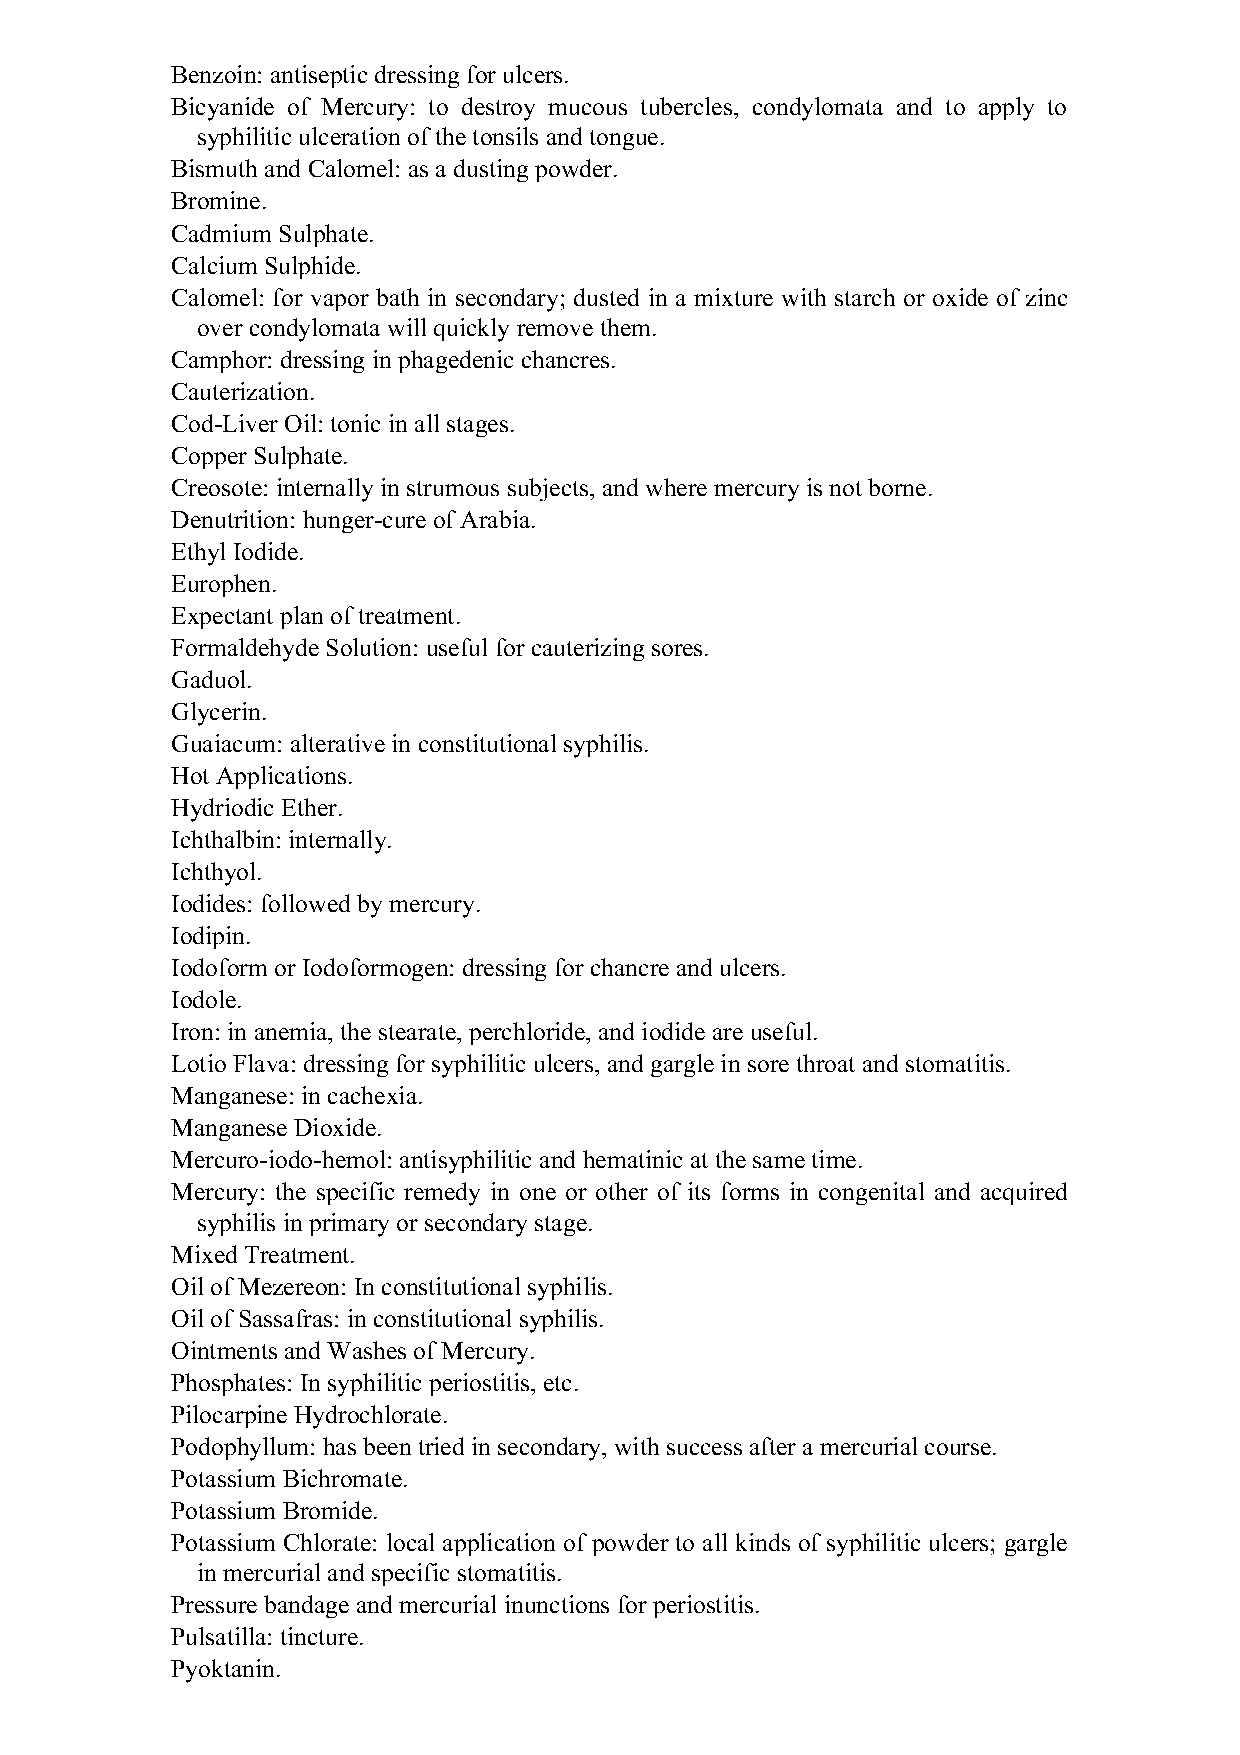
Benzoin: antiseptic dressing for ulcers.
 Bicyanide of Mercury: to destroy mucous tubercles, condylomata and to apply to
 syphilitic ulceration of the tonsils and tongue.
 Bismuth and Calomel: as a dusting powder.
 Bromine.
 Cadmium Sulphate.
 Calcium Sulphide.
 Calomel: for vapor bath in secondary; dusted in a mixture with starch or oxide of zinc
 over condylomata will quickly remove them.
 Camphor: dressing in phagedenic chancres.
 Cauterization.
 Cod-Liver Oil: tonic in all stages.
 Copper Sulphate.
 Creosote: internally in strumous subjects, and where mercury is not borne.
 Denutrition: hunger-cure of Arabia.
 Ethyl Iodide.
 Europhen.
 Expectant plan of treatment.
 Formaldehyde Solution: useful for cauterizing sores.
 Gaduol.
 Glycerin.
 Guaiacum: alterative in constitutional syphilis.
 Hot Applications.
 Hydriodic Ether.
 Ichthalbin: internally.
 Ichthyol.
 Iodides: followed by mercury.
 Iodipin.
 Iodoform or Iodoformogen: dressing for chancre and ulcers.
 Iodole.
 Iron: in anemia, the stearate, perchloride, and iodide are useful.
 Lotio Flava: dressing for syphilitic ulcers, and gargle in sore throat and stomatitis.
 Manganese: in cachexia.
 Manganese Dioxide.
 Mercuro-iodo-hemol: antisyphilitic and hematinic at the same time.
 Mercury: the specific remedy in one or other of its forms in congenital and acquired
 syphilis in primary or secondary stage.
 Mixed Treatment.
 Oil of Mezereon: In constitutional syphilis.
 Oil of Sassafras: in constitutional syphilis.
 Ointments and Washes of Mercury.
 Phosphates: In syphilitic periostitis, etc.
 Pilocarpine Hydrochlorate.
 Podophyllum: has been tried in secondary, with success after a mercurial course.
 Potassium Bichromate.
 Potassium Bromide.
 Potassium Chlorate: local application of powder to all kinds of syphilitic ulcers; gargle
 in mercurial and specific stomatitis.
 Pressure bandage and mercurial inunctions for periostitis.
 Pulsatilla: tincture.
 Pyoktanin.